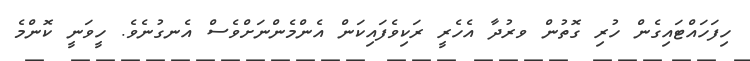
ހިފަހައްޓައިގެން ހުރި ގޮތުން ވރުދާ އެހެރީ ރަކިވެފައިކަން އެންމެންނަށްވެސް އެނގުނެވެ. ހީވަނީ ކޮންމެ